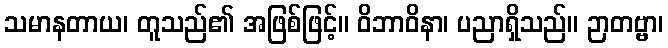
သမာနတာယ၊ တူသည်၏ အဖြစ်ဖြင့်။ ဝိဘာဝိနာ၊ ပညာရှိသည်။ ဉာတဗ္ဗာ၊